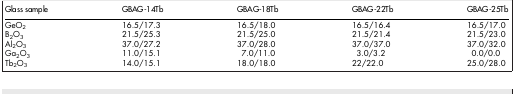
| Glass sample | GBAG-14Tb | GBAG-18Tb | GBAG-22Tb | GBAG-25Tb |
 | --- | --- | --- | --- | --- |
 | GeO2 | 16.5/17.3 | 16.5/18.0 | 16.5/16.4 | 16.5/17.0 |
 | B2O3 | 21.5/25.3 | 21.5/25.0 | 21.5/21.4 | 21.5/23.0 |
 | Al2O3 | 37.0/27.2 | 37.0/28.0 | 37.0/37.0 | 37.0/32.0 |
 | Ga2O3 | 11.0/15.1 | 7.0/11.0 | 3.0/3.2 | 0.0/0.0 |
 | Tb2O3 | 14.0/15.1 | 18.0/18.0 | 22/22.0 | 25.0/28.0 |